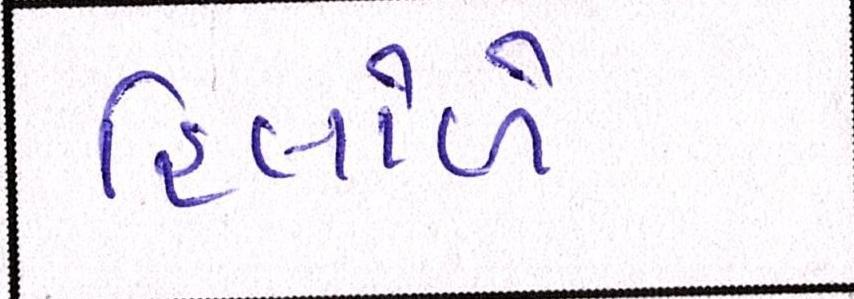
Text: હિલોળે